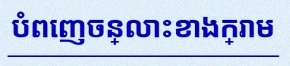
បំពេញចន្លោះខាងក្រោម